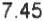
7.45